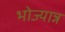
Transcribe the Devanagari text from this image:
भोज्यान्न